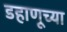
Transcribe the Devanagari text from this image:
डहाणूच्या